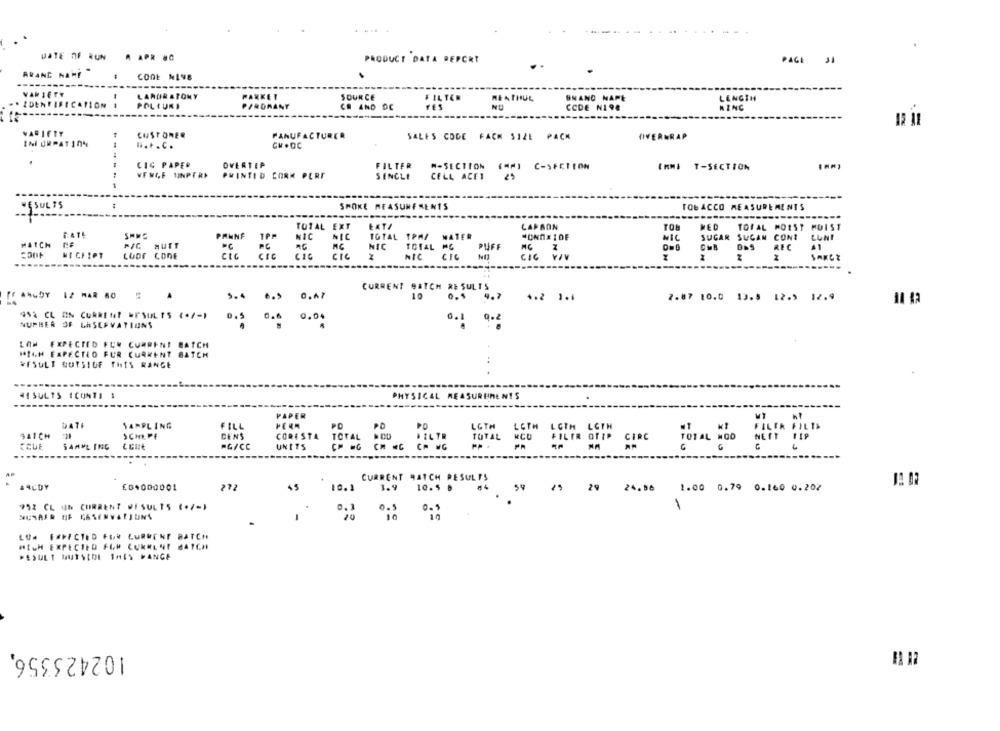
DATE OF RUN A APR .C
PRODUCT DATA DEPORT
PAGE 31
ARANC NAME
COOL NIVE
VARIETY
LARDIR ATONY
SOURCE
. IDENTIFICATION
- -
FILTER
BRAND NAPE
LENGTH
POLIUKI
CR AND DC
FES
CCDE N198
RING
VARIETY
CUSTOMER
MANUFACTURER
SALES CODE FACK SIZE PACK
IIVERNRAP
INI URPATION
.. t. C.
.
CIC PAPER
OVERTEP
FILTER
#-SECTION
(MM) C-SECTION
IMMI T-SECTION
PHINTID CORK PERF
SENCLE
CELL ACET
25
SMOKE MEASUREMENTS
TOBACCO MEASUREMENTS
TOTAL EXT
ŁATA
CARSON
TO
TOTAL MOIST HOIST
FATE
PANNE
1PM
NIC
NIC
IGTAL TPAZ MATER
HOND# 10E
WIL
SUGAR SUGAN CONT
LUNI
MATCH
PIC MUTT
NIC
TOTAL MC
MC
MICHIPT
LUOF CODE
CIC
CIC
CIC
2
NIC
CIC
CIC
OMB DAS REC
SARCE
CURRENT BATCH RESULTS
TEAMUDY 12 MAR 80
5.4
.. $
0.47
10
0.5
9.7
4.2 1.1
2.87 10.0 13.9 12.1 12.9
9.04
0.5
0.6
0.1 9.2
NUPHER OF LASERVATIUNS
LOW EXPECTED FEW CURRENT BATCH
HIGH EXPECTED FUR CURRENT BATCH
*FSULT GUTSIOF THIS RANGE
HISULTS ICONTI 1
PHYSICAL MEASUREMENTS
------
PAPER
DATE
PD
SAMPLING
FILL
PD
LGTH LOTH LOTH LOTH
,AICH
SCHIPE
DEN'S
CORESTA
TOTAL
FILTR
TOTAL
MCU
FILER OTIP
CIRC
CEUE
$4MML INC
HG/CC
UNITS
--
CA WC
CURRENT BATCH RESULTS
£04000001
272
10.1
1.9
10.5 8
59
26.56 1.00 0.79 0.160 0.207
952 CL UN CURRENT WISULTS (./-)
0.3
20
LO# EXPECTED FI LURWENT BATCH
HIGH EXPECTED FLY CURRENT BATCH
RESULT MUTSIDE THIS MANGE
102423356,